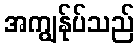
အကျွန်ုပ်သည်